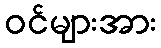
ဝင်များအား